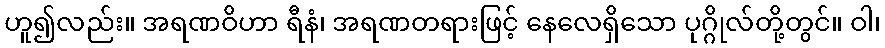
ဟူ၍လည်း။ အရဏဝိဟာ ရီနံ၊ အရဏတရားဖြင့် နေလေရှိသော ပုဂ္ဂိုလ်တို့တွင်။ ဝါ၊